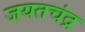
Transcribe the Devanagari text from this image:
जयतचंद्र